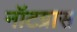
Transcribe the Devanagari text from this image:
नॉटग्रास